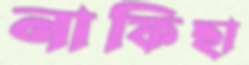
নাফিছা